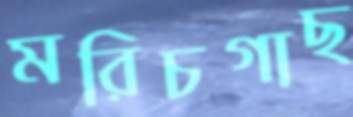
মরিচগাছ